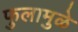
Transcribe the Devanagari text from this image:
फुलामुळे